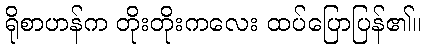
ရိုစာဟန်က တိုးတိုးကလေး ထပ်ပြောပြန်၏။